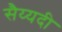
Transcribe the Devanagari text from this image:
सैय्यदी